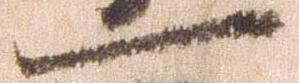
一